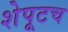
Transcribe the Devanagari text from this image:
शेपूटच